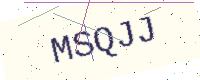
Text: MSQJJ